Problem: 15 + 23 = ?
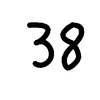
Handwritten answer: 38